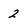
Character: 2